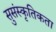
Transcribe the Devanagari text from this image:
सुसंस्कृतिकता